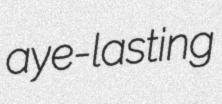
aye-lasting